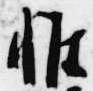
惟